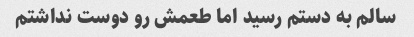
سالم به دستم رسید اما طعمش رو دوست نداشتم